Vaccine operations Central Provinces & Berar 1922-1929 - 1922-1929
Year: 1922
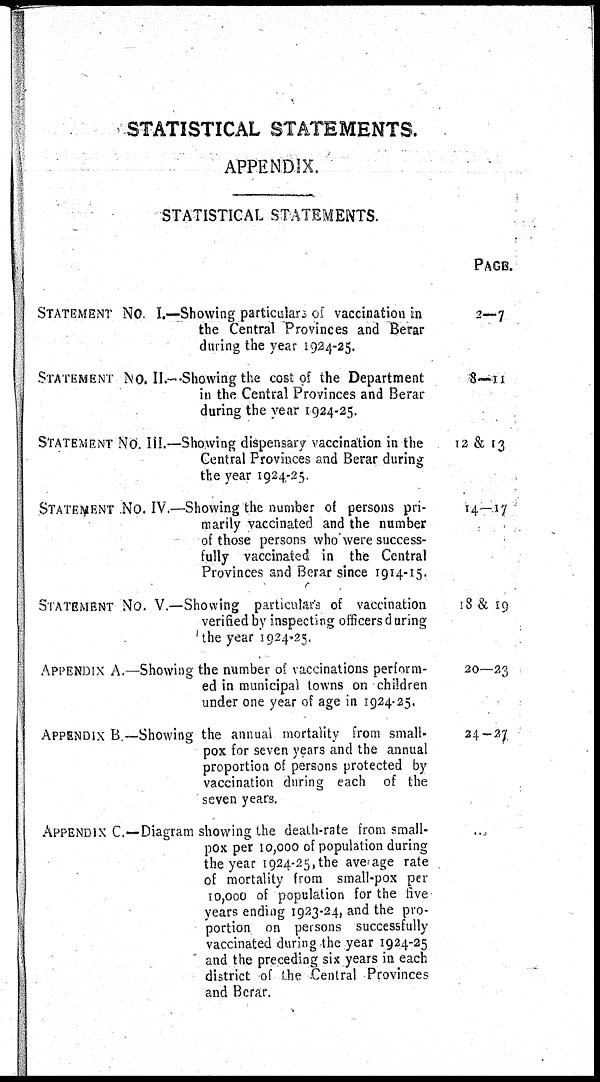
STATISTICAL STATEMENTS.
APPENDIX.
STATISTICAL STATEMENTS.
STATEMENT NO. I.—Showing particulars of vaccination in
the Central Provinces and Berar
dining the year 1924-25.
STATEMENT No. II.—Showing the cost of the Department
in the Central Provinces and Berar
during the year 1924-25.
STATEMENT No. III.—Showing dispensary vaccination in the
Central Provinces and Berar during
the year 1924-25.
STATEMENT NO. IV.—Showing the number of persons pri-
marily vaccinated and the number
of those persons who were success-
fully vaccinated in the Central
Provinces and Berar since 1914-15.
STATEMENT NO. V.—Showing particular's of vaccination
verified by inspecting officers during
the year 1924-25.
APPENDIX A.—Showing the number of vaccinations perform-
ed in municipal towns on children
under one year of age in 1924-25.
APPENDIX B —Showing the annual mortality from small-
pox for seven years and the annual
proportion of persons protected by
vaccination during each of the
seven years.
APPENDIX C.—Diagram showing the death-rate from small-
pox per 10,000 of population during
the year 1924-25,the average rate
of mortality from small-pox per
10,000 of population for the five
years ending 1923-24, and the pro-
portion on persons successfully
vaccinated during the year 1924-25
and the preceding six years in each
district of the Central Provinces
and Berar.
PAGE.
2—7
8—11
12 & 13
14—17
18 & 19
20—23
24—27
...